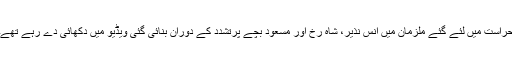
حراست میں لئے گئے ملزمان میں انس نذیر، شاہ رخ اور مسعود بچے پرتشدد کے دوران بنائی گئی ویڈیو میں دکھائی دے رہے تھے۔